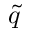
\tilde { q }